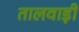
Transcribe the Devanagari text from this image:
तालवाड़ी